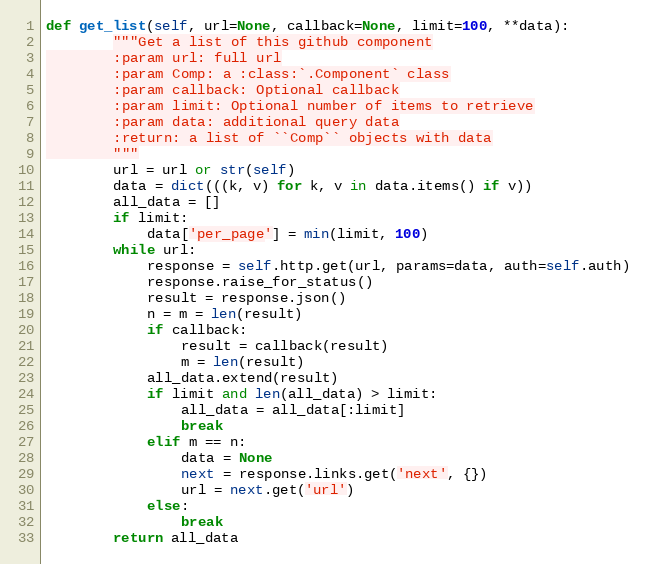
Language: Python
def get_list(self, url=None, callback=None, limit=100, **data):
        """Get a list of this github component
        :param url: full url
        :param Comp: a :class:`.Component` class
        :param callback: Optional callback
        :param limit: Optional number of items to retrieve
        :param data: additional query data
        :return: a list of ``Comp`` objects with data
        """
        url = url or str(self)
        data = dict(((k, v) for k, v in data.items() if v))
        all_data = []
        if limit:
            data['per_page'] = min(limit, 100)
        while url:
            response = self.http.get(url, params=data, auth=self.auth)
            response.raise_for_status()
            result = response.json()
            n = m = len(result)
            if callback:
                result = callback(result)
                m = len(result)
            all_data.extend(result)
            if limit and len(all_data) > limit:
                all_data = all_data[:limit]
                break
            elif m == n:
                data = None
                next = response.links.get('next', {})
                url = next.get('url')
            else:
                break
        return all_data